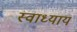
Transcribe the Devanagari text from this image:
स्‍वाध्‍याय